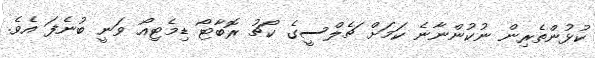
ކުޅުންތެރިން ނުކުންނާނެ ކަމަށް ޗެލްސީގެ ކޯޗު ރޮބާޓޯ ޑިމެޓިއޯ ވަނީ ބުނެފަ އެވެ.